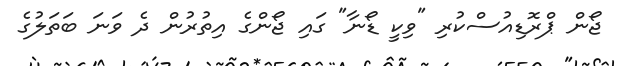
ޖޯން ޕްރޮޑިއުސްކުރި "ވިކީ ޑޯނާ" ގައި ޖޯންގެ އިތުރުން ދެ ވަނަ ބަތަލުގެ